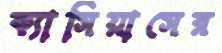
ক্যাসিয়াসের